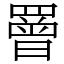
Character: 罾